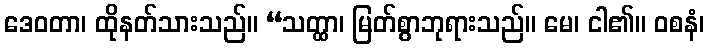
ဒေဝတာ၊ ထိုနတ်သားသည်။ “သတ္ထာ၊ မြတ်စွာဘုရားသည်။ မေ၊ ငါ၏။ ဝစနံ၊